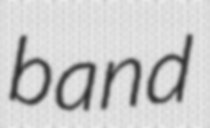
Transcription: band